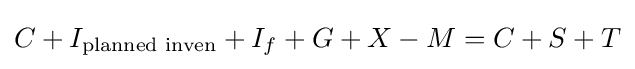
C+I_{\text{planned inven}}+I_{f}+G+X-M=C+S+T